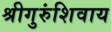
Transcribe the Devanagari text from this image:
श्रीगुरुंशिवाय